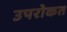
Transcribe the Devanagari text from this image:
उपरोकत